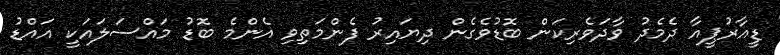
ޑީއާރުޕީއާ ދެމެދު ވާދަވެރިކަން ބޮޑުވެގެން ދިޔައިރު ފެންމަތިވި އެންމެ ބޮޑު މައްސަލައަކީ އައްޑު